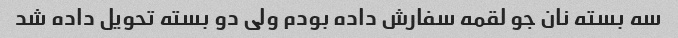
سه بسته نان جو لقمه سفارش داده بودم ولی دو بسته تحویل داده شد